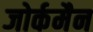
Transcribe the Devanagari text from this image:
ब्जोर्कमैन